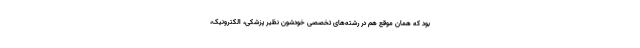
بود که همان موقع هم در رشته‌های تخصصی خودشون نظیر پزشکی، الکترونیک،